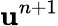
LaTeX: \mathbf u^{n+1}